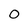
Character: 0